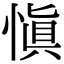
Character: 愼